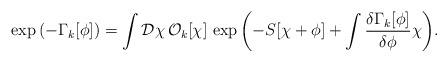
LaTeX: \begin{align*}\exp{\left(-\Gamma_k[\phi]\right)}=\int{\mathcal D}\chi\,{\mathcal O}_k[\chi]\,\exp{\left(-S[\chi+\phi]+\int\frac{\delta \Gamma_k[\phi]}{\delta \phi}\chi\right)}.\end{align*}